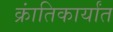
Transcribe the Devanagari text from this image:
क्रांतिकार्यांत